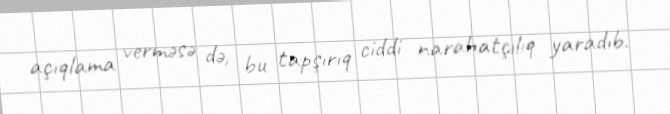
açıqlama verməsə də, bu tapşırıq ciddi narahatçılıq yaradıb.